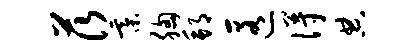
茨綦胸邦匿得典